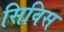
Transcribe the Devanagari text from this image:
सिविस